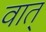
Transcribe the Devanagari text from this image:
वात्